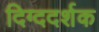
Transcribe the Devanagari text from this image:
दिग्ददर्शक